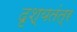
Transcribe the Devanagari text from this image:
दृश्यतंत्र